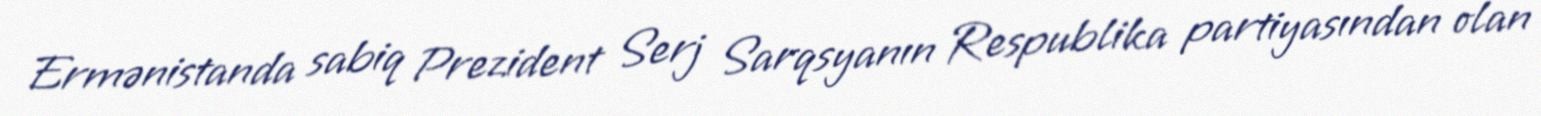
Ermənistanda sabiq Prezident Serj Sarqsyanın Respublika partiyasından olan